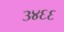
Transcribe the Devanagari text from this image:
३४६६